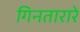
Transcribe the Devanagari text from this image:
गिनतारारे